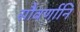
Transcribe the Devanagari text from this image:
सौवर्णानि